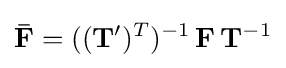
\mathbf {\bar {F}} =((\mathbf {T} ')^{T})^{-1}\,\mathbf {F} \,\mathbf {T} ^{-1}